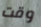
وقت